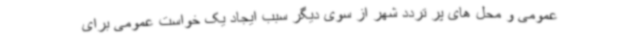
عمومی و محل های پر تردد شهر از سوی دیگر سبب ایجاد یک خواست عمومی برای